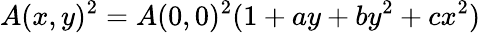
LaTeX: A(x,y)^{2}=A(0,0)^{2}(1+ay+by^{2}+cx^{2})~~